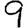
Digit: 9